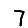
Digit: 7